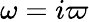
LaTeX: \omega=i\varpi